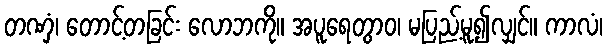
တဏှံ၊ တောင့်တခြင်း လောဘကို။ အပူရေတွာဝ၊ မပြည့်မူ၍လျှင်။ ကာလံ၊